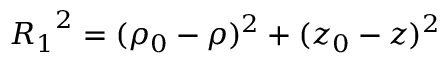
{ R _ { 1 } } ^ { 2 } = ( \rho _ { 0 } - \rho ) ^ { 2 } + ( z _ { 0 } - z ) ^ { 2 }